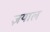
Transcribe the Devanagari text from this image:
ज़याल